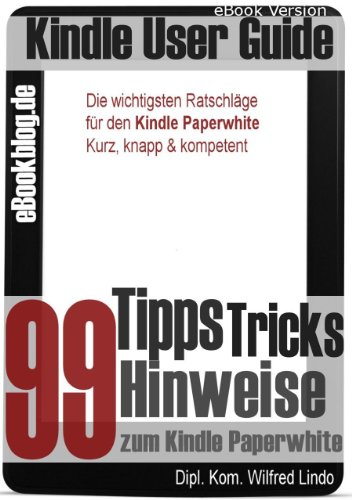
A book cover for Kindle Paperwhite: 99 Tipps, Tricks, Hinweise und Shortcuts (German Edition); Wilfred Lindo; Computers & Technology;